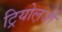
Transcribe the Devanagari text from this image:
ट्रियोल़जी